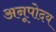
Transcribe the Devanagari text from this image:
अनूपोदय